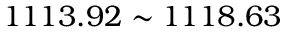
1 1 1 3 . 9 2 \sim 1 1 1 8 . 6 3